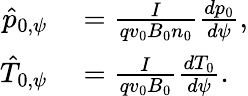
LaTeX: \begin{array}{rl}{\hat{p}_{0,\psi}}&{{}=\frac{I}{qv_{0}B_{0}n_{0}}\frac{dp_{0}}{d\psi},}\\ {\hat{T}_{0,\psi}}&{{}=\frac{I}{qv_{0}B_{0}}\frac{dT_{0}}{d\psi}.}\end{array}